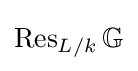
\operatorname {Res} _{L/k}\mathbb {G}